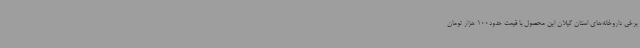
برخی داروخانه‌های استان گیلان این محصول با قیمت حدود100 هزار تومان